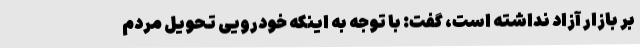
بر بازار آزاد نداشته است، گفت: با توجه به اینکه خودرویی تحویل مردم